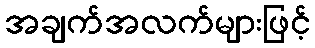
အချက်အလက်များဖြင့်